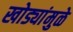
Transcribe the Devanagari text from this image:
खोड्यांमुळे